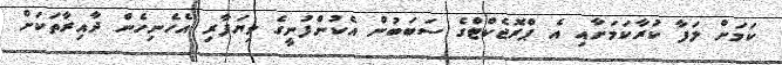
ކަމަށް ލަފާ ކުރާކަމަށާއި އެ ޕްރޮޖެކްޓްގެ ސަބަބުން އެކުންފުނީގެ ވިޔަފާރި އެހެނިހެން ދާއިރާތަކަށް